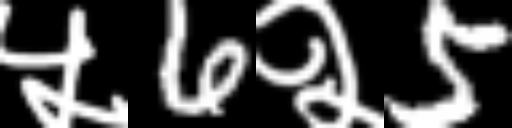
Text: ५6२5